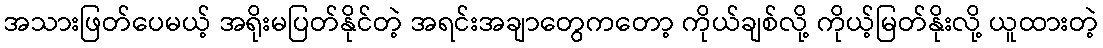
အသားဖြတ်ပေမယ့် အရိုးမပြတ်နိုင်တဲ့ အရင်းအချာတွေကတော့ ကိုယ်ချစ်လို့ ကိုယ့်မြတ်နိုးလို့ ယူထားတဲ့